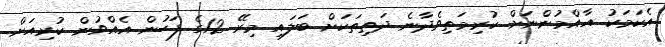
އެކަމަކު އާއްމުންނަށް ކުރިމަތިވެދާނެ ދަތިތަކަށް ބަލައި މިރޭ 12ގެ ފަހުން އެއްވުން ކުރިއަށް